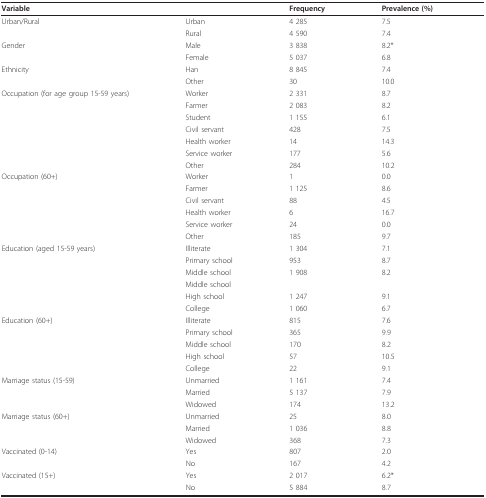
<table><thead><tr><td><b>Variable</b></td><td></td><td><b>Frequency</b></td><td><b>Prevalence (%)</b></td></tr></thead><tbody><tr><td>Urban/Rural</td><td>Urban</td><td>4 285</td><td>7.5</td></tr><tr><td></td><td>Rural</td><td>4 590</td><td>7.4</td></tr><tr><td>Gender</td><td>Male</td><td>3 838</td><td>8.2*</td></tr><tr><td></td><td>Female</td><td>5 037</td><td>6.8</td></tr><tr><td>Ethnicity</td><td>Han</td><td>8 845</td><td>7.4</td></tr><tr><td></td><td>Other</td><td>30</td><td>10.0</td></tr><tr><td>Occupation (for age group 15-59 years)</td><td>Worker</td><td>2 331</td><td>8.7</td></tr><tr><td></td><td>Farmer</td><td>2 083</td><td>8.2</td></tr><tr><td></td><td>Student</td><td>1 155</td><td>6.1</td></tr><tr><td></td><td>Civil servant</td><td>428</td><td>7.5</td></tr><tr><td></td><td>Health worker</td><td>14</td><td>14.3</td></tr><tr><td></td><td>Service worker</td><td>177</td><td>5.6</td></tr><tr><td></td><td>Other</td><td>284</td><td>10.2</td></tr><tr><td>Occupation (60+)</td><td>Worker</td><td>1</td><td>0.0</td></tr><tr><td></td><td>Farmer</td><td>1 125</td><td>8.6</td></tr><tr><td></td><td>Civil servant</td><td>88</td><td>4.5</td></tr><tr><td></td><td>Health worker</td><td>6</td><td>16.7</td></tr><tr><td></td><td>Service worker</td><td>24</td><td>0.0</td></tr><tr><td></td><td>Other</td><td>185</td><td>9.7</td></tr><tr><td>Education (aged 15-59 years)</td><td>Illiterate</td><td>1 304</td><td>7.1</td></tr><tr><td></td><td>Primary school</td><td>953</td><td>8.7</td></tr><tr><td></td><td>Middle school</td><td>1 908</td><td>8.2</td></tr><tr><td></td><td>Middle school</td><td></td><td></td></tr><tr><td></td><td>High school</td><td>1 247</td><td>9.1</td></tr><tr><td></td><td>College</td><td>1 060</td><td>6.7</td></tr><tr><td>Education (60+)</td><td>Illiterate</td><td>815</td><td>7.6</td></tr><tr><td></td><td>Primary school</td><td>365</td><td>9.9</td></tr><tr><td></td><td>Middle school</td><td>170</td><td>8.2</td></tr><tr><td></td><td>High school</td><td>57</td><td>10.5</td></tr><tr><td></td><td>College</td><td>22</td><td>9.1</td></tr><tr><td>Marriage status (15-59)</td><td>Unmarried</td><td>1 161</td><td>7.4</td></tr><tr><td></td><td>Married</td><td>5 137</td><td>7.9</td></tr><tr><td></td><td>Widowed</td><td>174</td><td>13.2</td></tr><tr><td>Marriage status (60+)</td><td>Unmarried</td><td>25</td><td>8.0</td></tr><tr><td></td><td>Married</td><td>1 036</td><td>8.8</td></tr><tr><td></td><td>Widowed</td><td>368</td><td>7.3</td></tr><tr><td>Vaccinated (0-14)</td><td>Yes</td><td>807</td><td>2.0</td></tr><tr><td></td><td>No</td><td>167</td><td>4.2</td></tr><tr><td>Vaccinated (15+)</td><td>Yes</td><td>2 017</td><td>6.2*</td></tr><tr><td></td><td>No</td><td>5 884</td><td>8.7</td></tr></tbody></table>